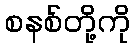
စနစ်တို့ကို